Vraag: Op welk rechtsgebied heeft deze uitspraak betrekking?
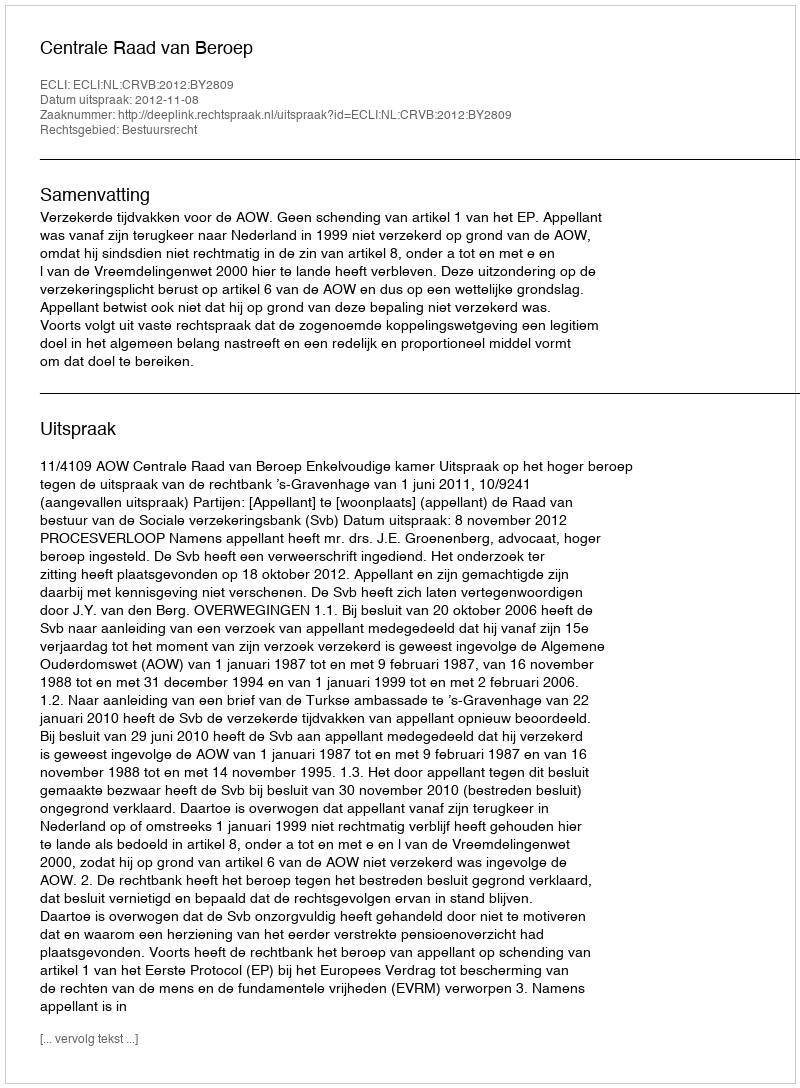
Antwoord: Bestuursrecht